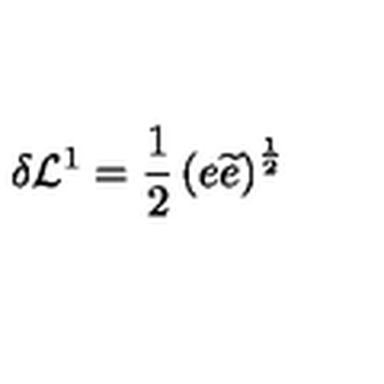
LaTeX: \delta \mathcal { L } ^ { 1 } = \frac { 1 } { 2 } \left( e \widetilde { e } \right) ^ { \frac { 1 } { 2 } }